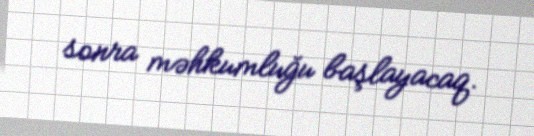
sonra məhkumluğu başlayacaq.